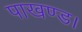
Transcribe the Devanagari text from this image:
पाखण्ड।